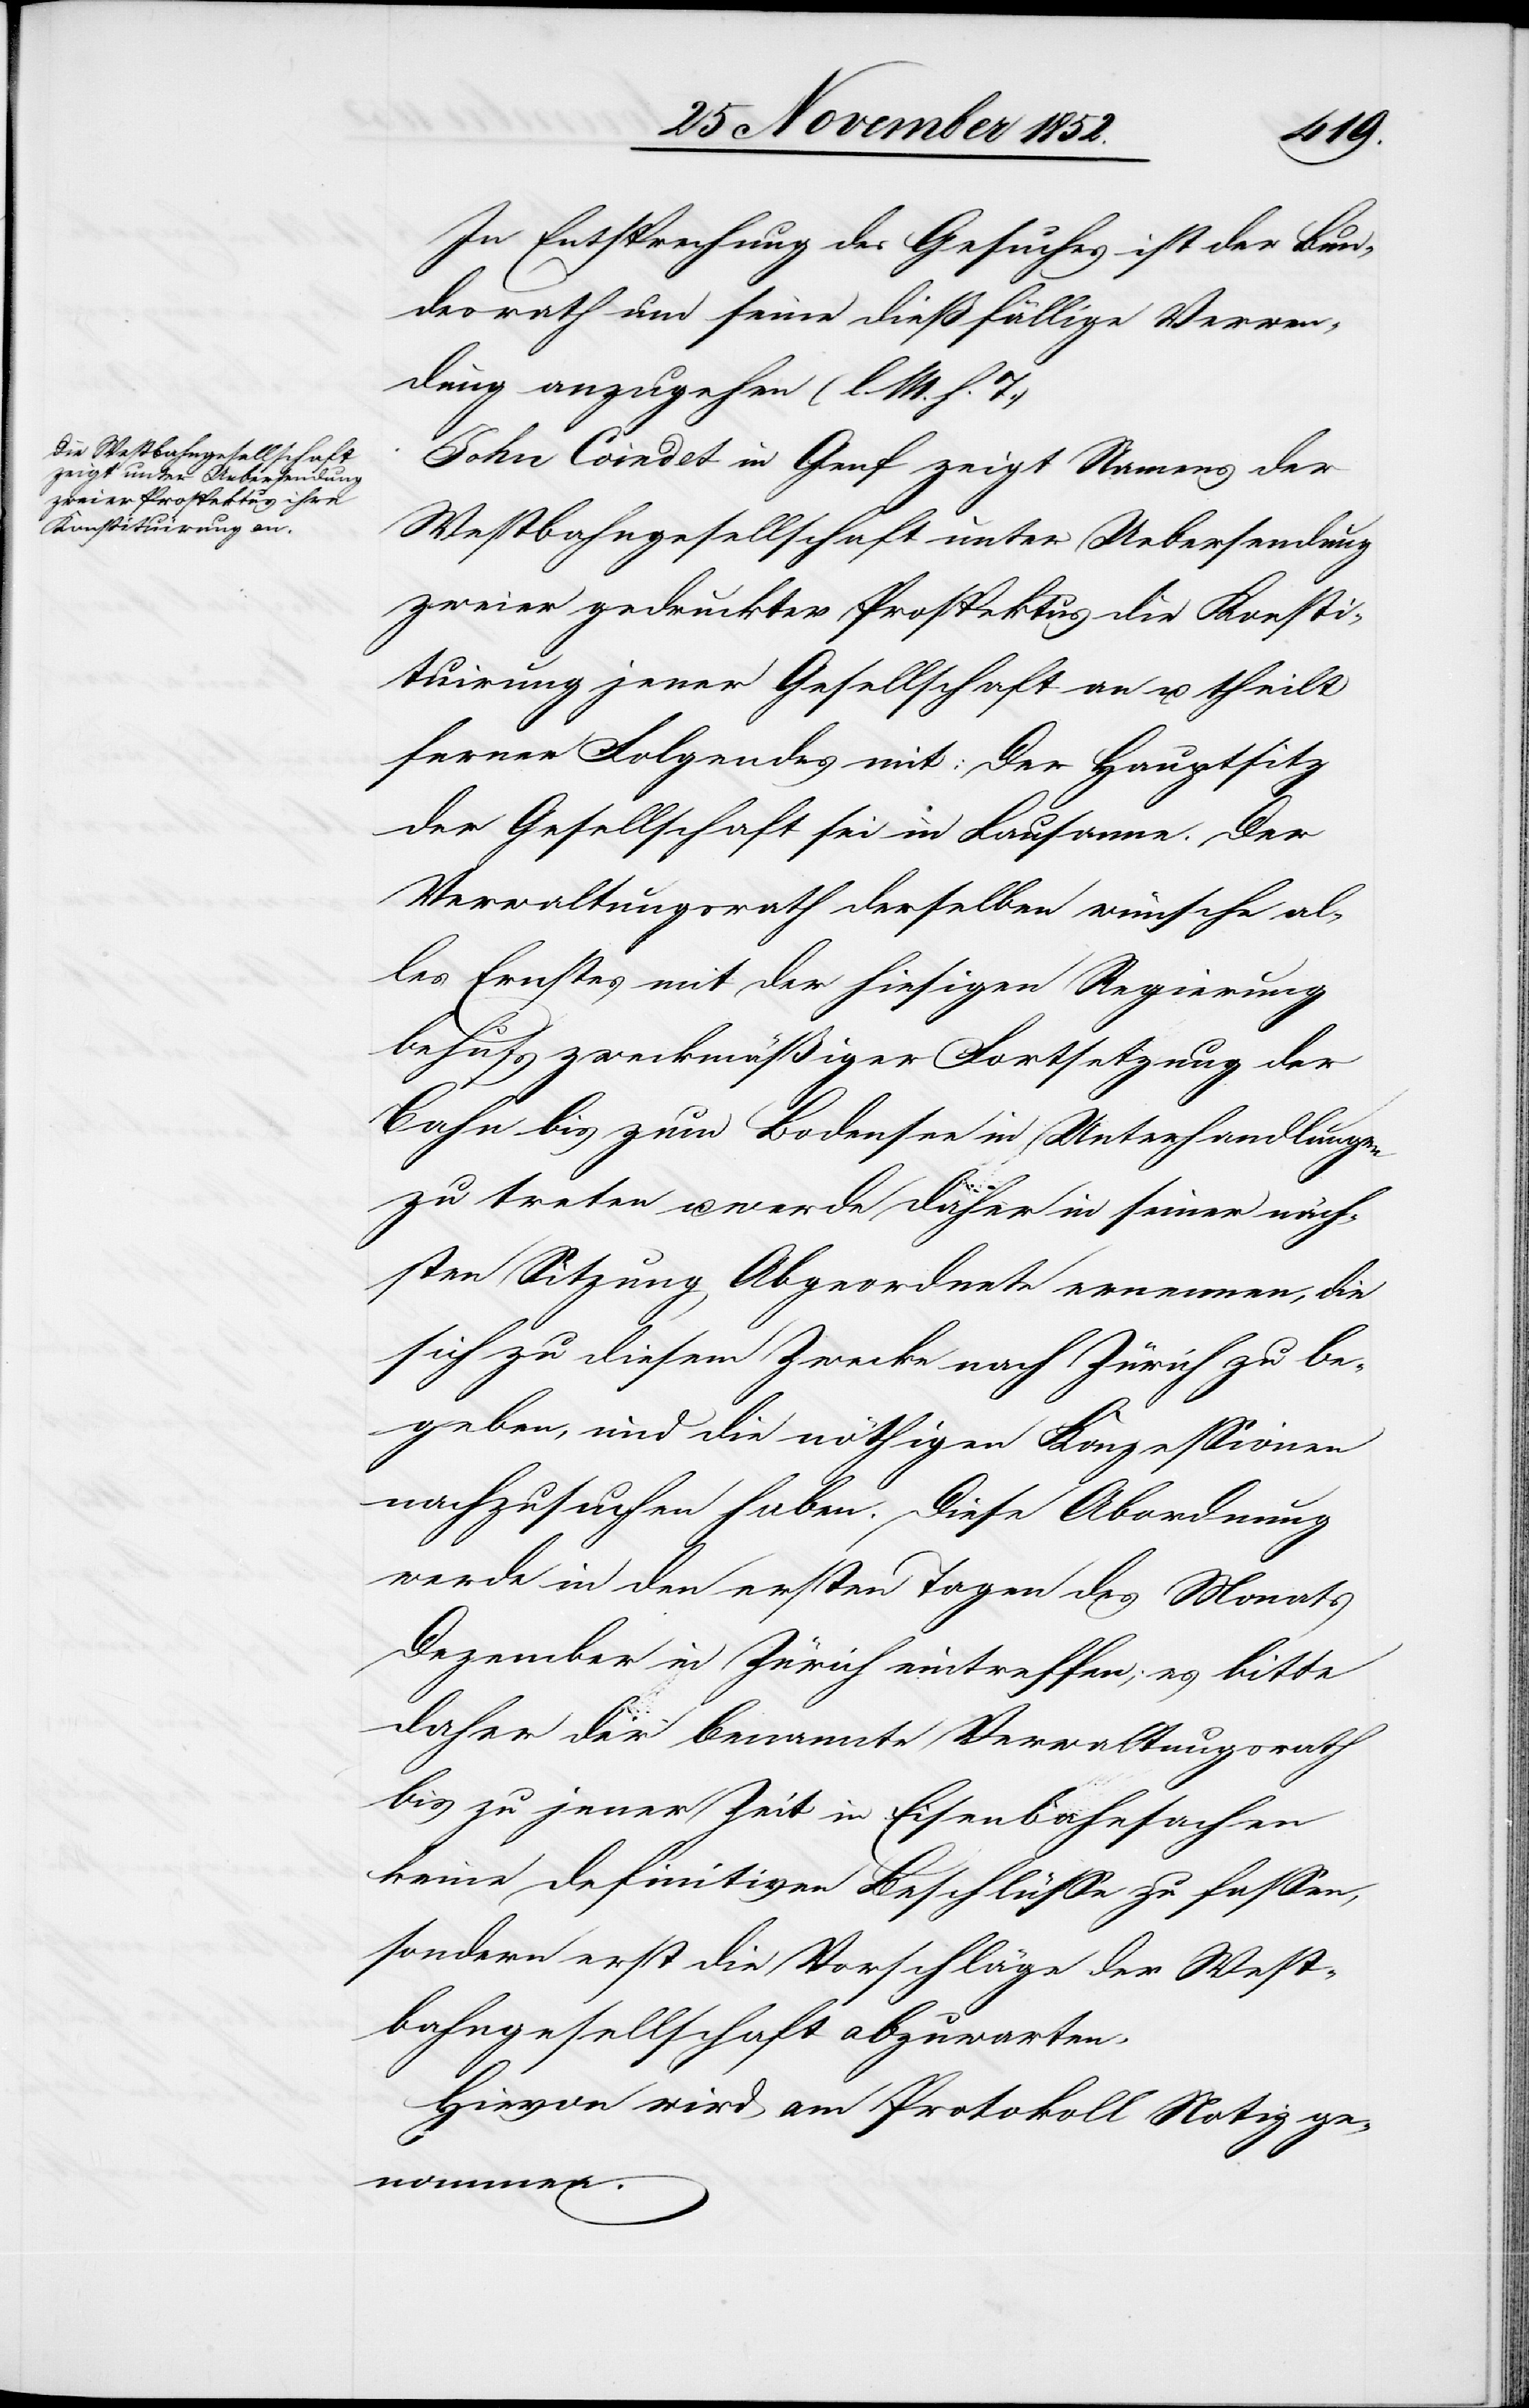
In Entsprechung des Gesuches ist der Bun¬
desrath um seine dießfällige Verwen¬
dung anzugehen (l. M. h. T.)
John Coindet in Genf zeigt Namens der
Westbahngesellschaft unter Uebersendung
zweier gedruckter Prospektus die Konsti¬
tuirung jener Gesellschaft an u. theilt
ferner Folgendes mit: Der Hauptsitz
der Gesellschaft sei in Lausanne. Der
Verwaltungsrath derselben wünsche al¬
les Ernstes mit der hiesigen Regierung
behufs zweckmäßiger Fortsetzung der
Bahn bis zum Bodensee in Unterhandlungen
zu treten u. werde daher in seiner näch¬
sten Sitzung Abgeordnete ernennen, die
sich zu diesem Zwecke nach Zürich zu be¬
geben, und die nöthigen Konzessionen
nachzusuchen haben. Diese Abordnung
werde in den ersten Tagen des Monats
Dezember in Zürich eintreffen; es bitte
daher der benannte Verwaltungsrath
bis zu jener Zeit in Eisenbahnsachen
keine definitiven Beschlüsse zu fassen,
sondern erst die Vorschläge der West¬
bahngesellschaft abzuwarten.
Hievon wird am Protokoll Notiz ge¬
nommen.